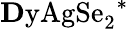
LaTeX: \mathrm{{\mathbf Dy}AgSe_{2}}^{*}